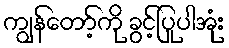
ကျွန်တော့်ကို ခွင့်ပြုပါအုံး